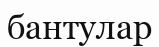
бантулар